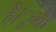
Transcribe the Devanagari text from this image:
हैं।ुन्के